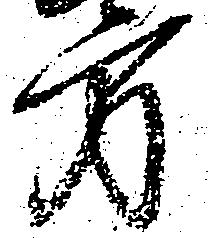
方